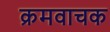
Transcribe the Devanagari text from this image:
क्रमवाचक